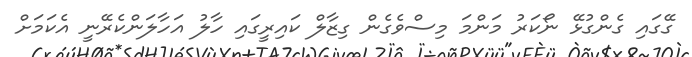
ގޭގައި ގެންގުޅޭ ނޯކަރު މަންމަ މިސްވެގެން ގިޒާލް ކައިރީގައި ހާލު އަހާލަންކެރޭނީ އެކަމަށް